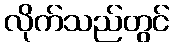
လိုက်သည်တွင်